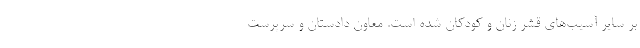
بر سایر آسیب‌های قشر زنان و کودکان شده است. معاون دادستان و سرپرست